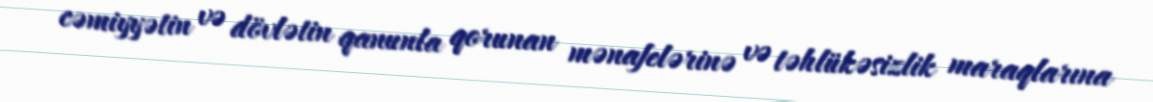
cəmiyyətin və dövlətin qanunla qorunan mənafelərinə və təhlükəsizlik maraqlarına